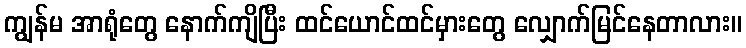
ကျွန်မ အာရုံတွေ နောက်ကျိပြီး ထင်ယောင်ထင်မှားတွေ လျှောက်မြင်နေတာလား။